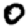
Digit: 0